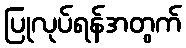
ပြုလုပ်ရန်အတွက်